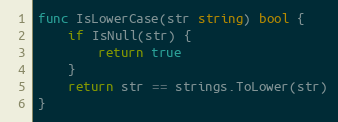
Language: Go
func IsLowerCase(str string) bool {
	if IsNull(str) {
		return true
	}
	return str == strings.ToLower(str)
}